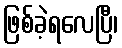
ဖြစ်ခဲ့ရလေပြီ၊